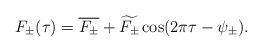
LaTeX: \begin{align*}F_\pm(\tau)=\overline{F_\pm}+\widetilde{F_\pm}\cos(2\pi \tau-\psi_\pm).\end{align*}